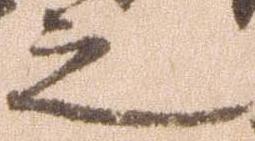
之